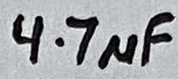
Text: 4.7µF